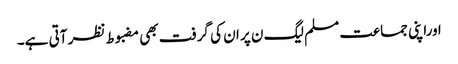
ا وراپنی جماعت مسلم لیگ ن پر ان کی گرفت بھی مضبوط نظر آتی ہے۔